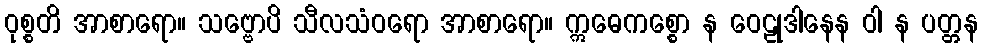
ဝုစ္စတိ အာစာရော။ သဗ္ဗောပိ သီလသံဝရော အာစာရော။ ဣဓေကစ္စော န ဝေဠုဒါနေန ဝါ န ပတ္တန